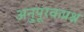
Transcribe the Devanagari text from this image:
अनुपूरकप्रश्न